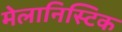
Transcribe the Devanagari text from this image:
मेलानिस्टिक